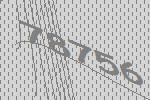
78756